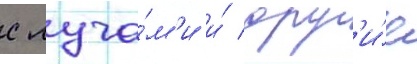
с луча́м'и и́ друг'и́е